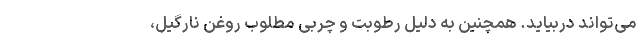
می­تواند دربیاید. همچنین به دلیل رطوبت و چربی مطلوب روغن نارگیل،